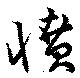
憤